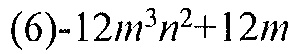
(6)\(-12m^{3}n^{2}+12m\)